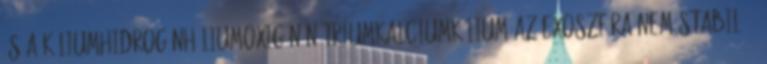
és a káliumhidrogénhéliumoxigén nátriumkalciumkálium Az exoszféra nem stabil 15